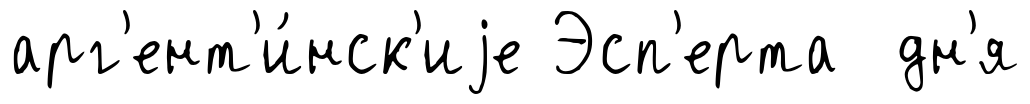
арг'ент'и́нск'иjе Эсп'ерта дн'я